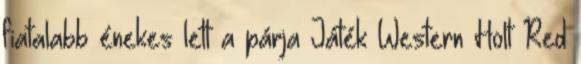
fiatalabb énekes lett a párja Játék Western Holt Red